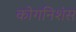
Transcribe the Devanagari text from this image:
कोगनिशंस